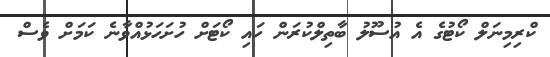
ކްރިމިނަލް ކޯޓުގެ އެ އުސޫލު ބާތިލްކުރަން ހައި ކޯޓަށް ހުށަހަޅުއްވާނެ ކަމަށް ވެސް